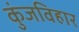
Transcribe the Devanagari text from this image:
कुंजविहार